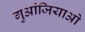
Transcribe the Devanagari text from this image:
गुआंजियाओ